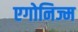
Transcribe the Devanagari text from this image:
एगोनिज्म